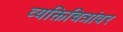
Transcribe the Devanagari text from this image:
व्यक्तिचित्रांवर